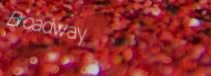
Broadway